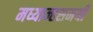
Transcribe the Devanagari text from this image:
मध्यान्हसमयी